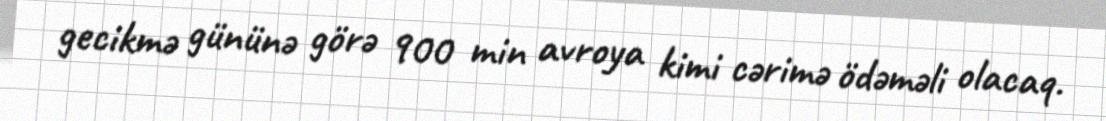
gecikmə gününə görə 900 min avroya kimi cərimə ödəməli olacaq.